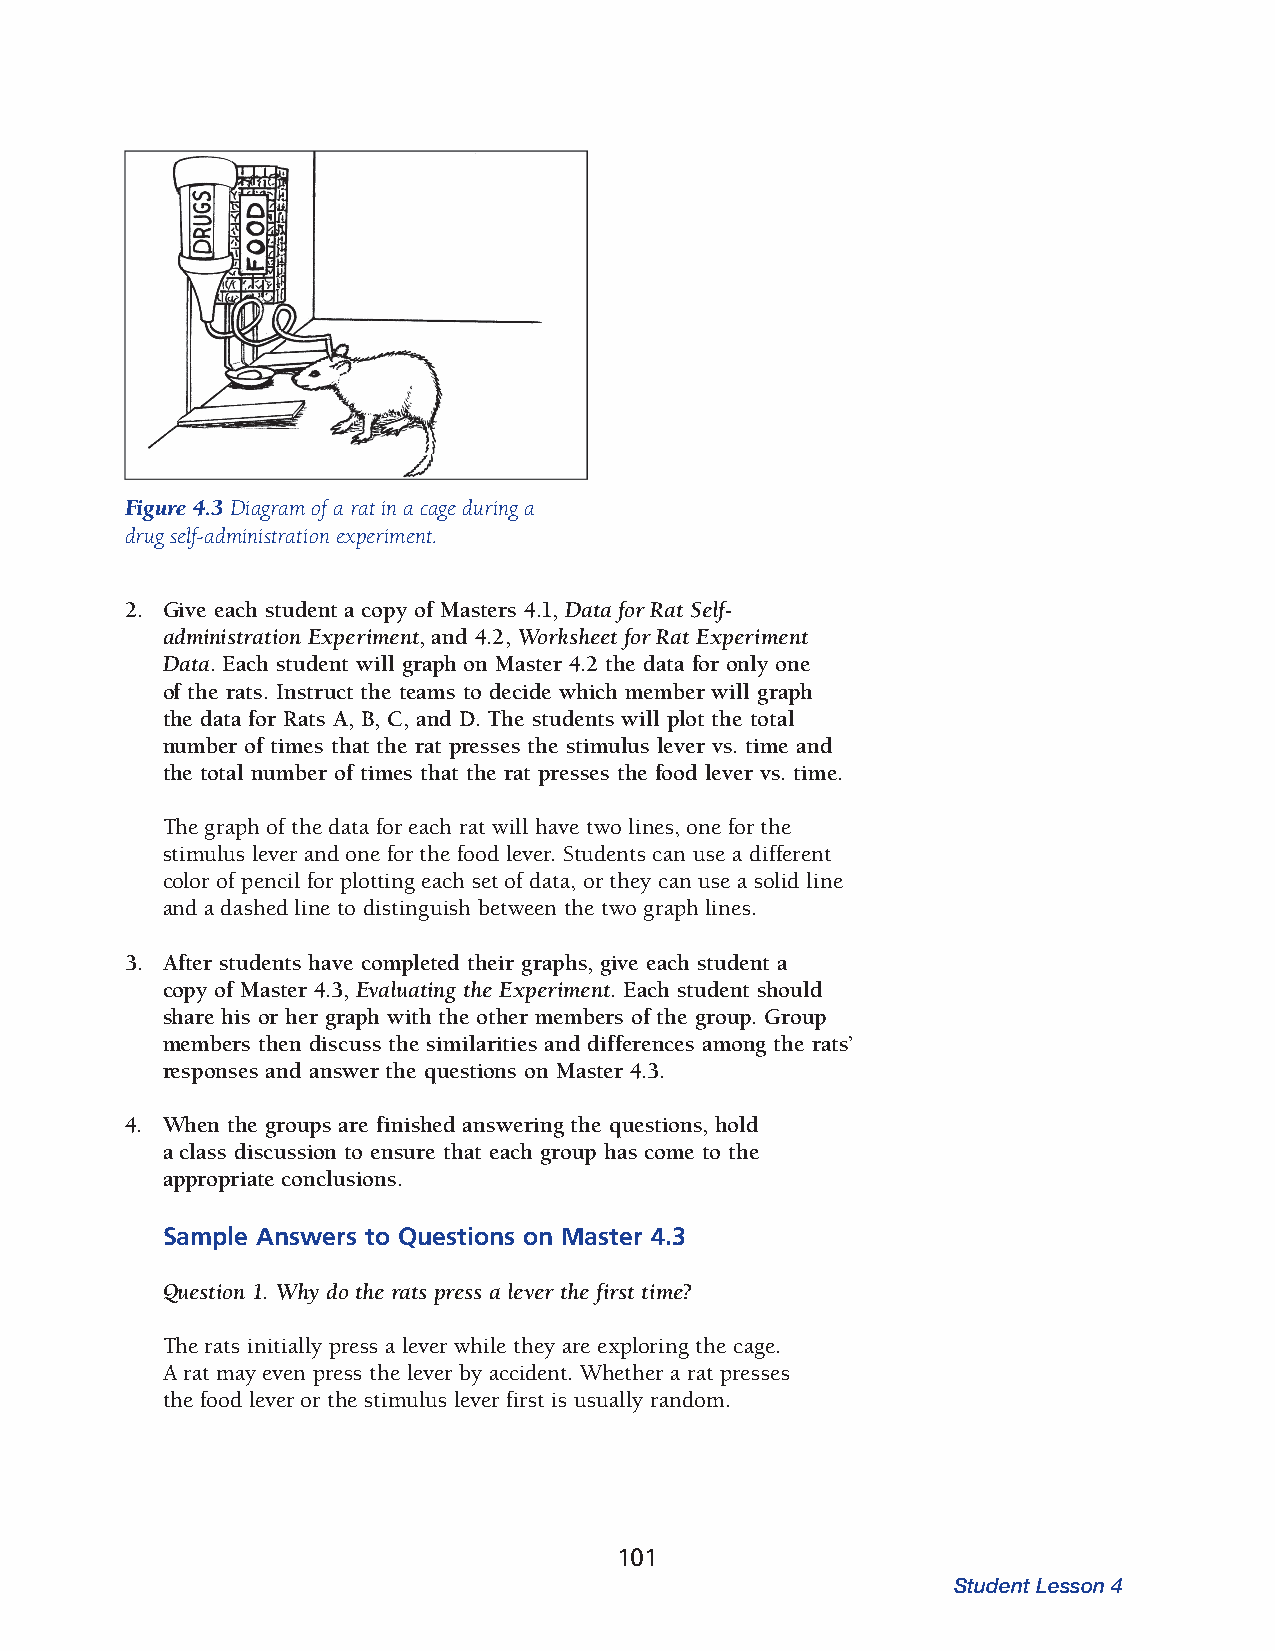
Figure 4.3 Diagram of a rat in a cage during a
 drug self-administration experiment.
 2. Give each student a copy of Masters 4.1, Data for Rat Self­
 administration Experiment, and 4.2, Worksheet for Rat Experiment
 Data. Each student will graph on Master 4.2 the data for only one
 of the rats. Instruct the teams to decide which member will graph
 the data for Rats A, B, C, and D. The students will plot the total
 number of times that the rat presses the stimulus lever vs. time and
 the total number of times that the rat presses the food lever vs. time.
 The graph of the data for each rat will have two lines, one for the
 stimulus lever and one for the food lever. Students can use a different
 color of pencil for plotting each set of data, or they can use a solid line
 and a dashed line to distinguish between the two graph lines.
 3. After students have completed their graphs, give each student a
 copy of Master 4.3, Evaluating the Experiment. Each student should
 share his or her graph with the other members of the group. Group
 members then discuss the similarities and differences among the rats’
 responses and answer the questions on Master 4.3.
 4. When the groups are finished answering the questions, hold
 a class discussion to ensure that each group has come to the
 appropriate conclusions.
 Sample Answers to Questions on Master 4.3
 Question 1. Why do the rats press a lever the first time?
 The rats initially press a lever while they are exploring the cage.
 A rat may even press the lever by accident. Whether a rat presses
 the food lever or the stimulus lever first is usually random.
 101
 Student Lesson 4